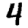
Digit: 4